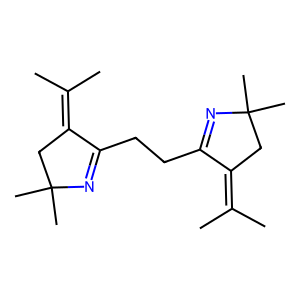
SMILES: CC(C)=C1CC(C)(C)N=C1CCC1=NC(C)(C)CC1=C(C)C
Inhibits HIV replication: No